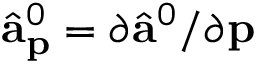
\hat { \mathbf { a } } _ { \mathbf { p } } ^ { 0 } = \partial \hat { \mathbf { a } } ^ { 0 } / \partial { \mathbf { p } }